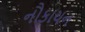
નૌકાયન